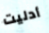
أدليت